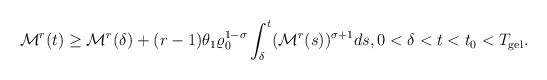
\begin{align*}\mathcal{M}^{r}(t)\geq \mathcal{M}^{r}(\delta)+(r-1)\theta_{1}\varrho_{0}^{1-\sigma}\int_{\delta}^{t}(\mathcal{M}^{r}(s))^{\sigma+1}ds,0<\delta<t<t_{0}<T_{\mathrm{gel}}.\end{align*}